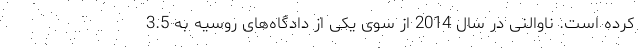
کرده است. ناوالنی در سال 2014 از سوی یکی از دادگاه‌های روسیه به 3.5